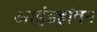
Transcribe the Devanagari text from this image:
आइंडहॉवन